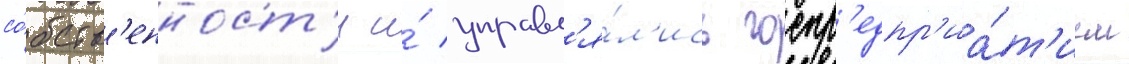
со́бств'енност'и и́ управл'я́л'ись госпр'едпр'иа́т'ием